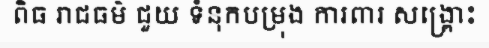
ពិធ រាជធម៌ ជួយ ទំនុកបម្រុង ការពារ សង្គ្រោះ